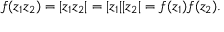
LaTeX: f ( z _ { 1 } z _ { 2 } ) = | z _ { 1 } z _ { 2 } | = | z _ { 1 } | | z _ { 2 } | = f ( z _ { 1 } ) f ( z _ { 2 } ) .